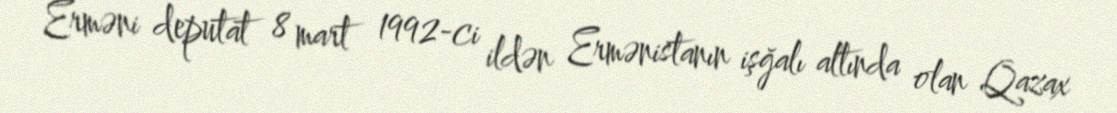
Erməni deputat 8 mart 1992-ci ildən Ermənistanın işğalı altında olan Qazax